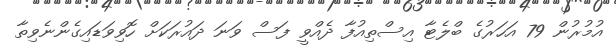
އުމުރުން 79 އަހަރުގެ ބްލެޓާ އިސްތިއުފާ ދެއްވީ ފަސް ވަނަ ދައުރަކަށް ހޮވިވަޑައިގެންނެވިތާ